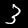
Label: 3